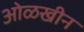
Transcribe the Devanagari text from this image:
ओळखीन